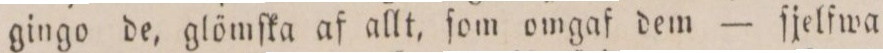
gingo de, glömſka af allt, ſom omgaf dem — ſjelfwa